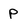
Character: P